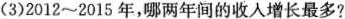
(3)2012~2015年，哪两年间的收入增长最多?